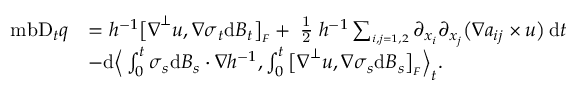
\begin{array} { r l } { \mathrm { \ m b { D } } _ { t } q } & { = h ^ { - 1 } \big [ \boldsymbol { \nabla } ^ { \perp } \boldsymbol { u } , \boldsymbol { \nabla } \boldsymbol { \sigma } _ { t } \mathrm { d } \boldsymbol { B } _ { t } \big ] _ { \scriptscriptstyle F } + \mathrm { \scriptsize ~ \frac { 1 } { 2 } ~ } h ^ { - 1 } \sum _ { \scriptscriptstyle i , j = 1 , 2 } \partial _ { x _ { i } } \partial _ { x _ { j } } \big ( \boldsymbol { \nabla } a _ { i j } \times \boldsymbol { u } \big ) \, \mathrm { d } t } \\ & { - \mathrm { d } \Big \langle \int _ { 0 } ^ { t } \boldsymbol { \sigma } _ { s } \mathrm { d } \boldsymbol { B } _ { s } \boldsymbol { \cdot } \boldsymbol { \nabla } h ^ { - 1 } , \int _ { 0 } ^ { t } \big [ \boldsymbol { \nabla } ^ { \perp } \boldsymbol { u } , \boldsymbol { \nabla } \boldsymbol { \sigma } _ { s } \mathrm { d } \boldsymbol { B } _ { s } \big ] _ { \scriptscriptstyle F } \Big \rangle _ { t } . } \end{array}